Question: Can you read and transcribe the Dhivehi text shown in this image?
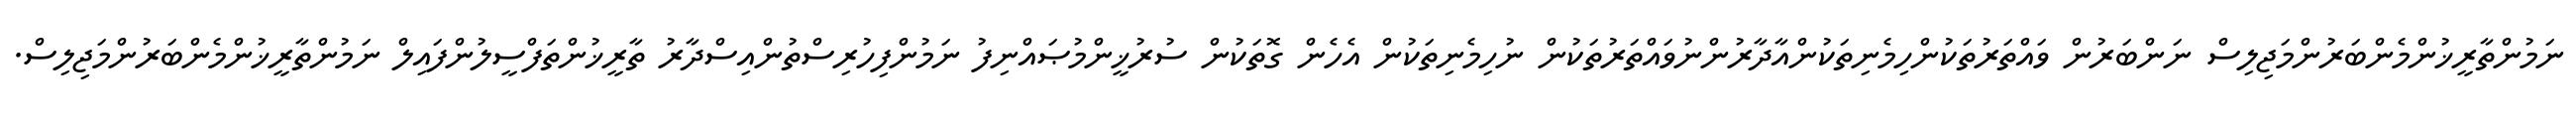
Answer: ނަމުންތާރީޚުންމެންބަރުންމަޖިލިސް ނަންބަރުން ވައްތަރުތަކުންހިމެނިތަކުންއާދާރުންނުވައްތަރުތަކުން ނުހިމެނިތަކުން އެހެން ގޮތަކުން ސުރުޚީންމުޞައްނިފު ނަމުންފިހުރިސްތުންއިސްދާރު ތާރީޚުންތަފްސީލުންފައިލް ނަމުންތާރީޚުންމެންބަރުންމަޖިލިސް.